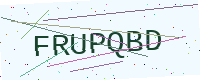
Text: FRUPQBD